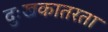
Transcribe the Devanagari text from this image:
दुःखकातरता